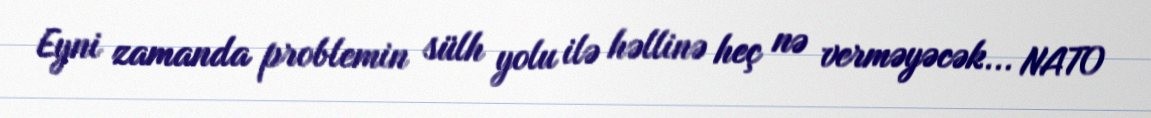
Eyni zamanda problemin sülh yolu ilə həllinə heç nə verməyəcək... NATO